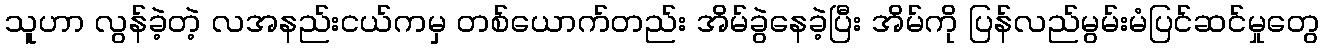
သူဟာ လွန်ခဲ့တဲ့ လအနည်းငယ်ကမှ တစ်ယောက်တည်း အိမ်ခွဲနေခဲ့ပြီး အိမ်ကို ပြန်လည်မွမ်းမံပြင်ဆင်မှုတွေ